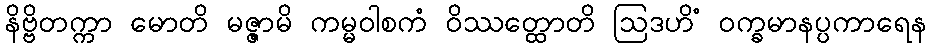
နိဗ္ဗိတက္ကာ မောတိ မဇ္ဇာမိ ကမ္မဝါစကံ ဝိဿတ္ထောတိ ဩဒဟိံ ဝက္ခမာနပ္ပကာရေန